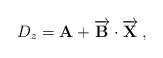
\begin{align*}D_z = \textbf{A}+\overrightarrow{\mathbf{B}}\cdot \overrightarrow{\mathbf{X}}\,,\end{align*}